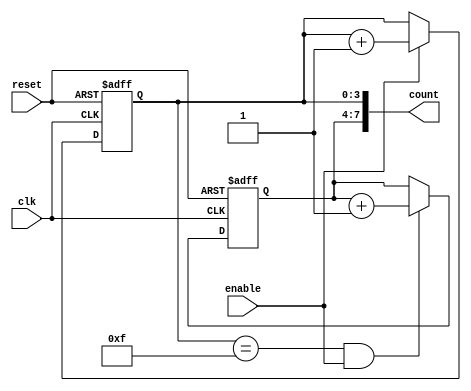
module cascaded_counter (
    input wire clk,            // Clock signal
    input wire reset,          // Active high reset signal
    input wire enable,         // Enable signal
    output reg [7:0] count     // 8-bit counter output (2x 4-bit)
);
    // Internal signals for carry out of each stage
    wire carry1;              
    wire carry2;

    // First 4-bit counter stage
    reg [3:0] counter1;

    always @(posedge clk or posedge reset) begin
        if (reset) begin
            counter1 <= 4'b0000; // Reset first counter
        end else if (enable) begin
            counter1 <= counter1 + 1; // Increment on enable
        end
    end

    // Carry logic for the first counter
    assign carry1 = (counter1 == 4'b1111) && enable;

    // Second 4-bit counter stage
    reg [3:0] counter2;

    always @(posedge clk or posedge reset) begin
        if (reset) begin
            counter2 <= 4'b0000; // Reset second counter
        end else if (carry1) begin
            counter2 <= counter2 + 1; // Increment on carry
        end
    end

    // Assign the output count from both counters
    always @(*) begin
        count = {counter2, counter1}; // Concatenate counters for output
    end

endmodule